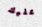
عليك